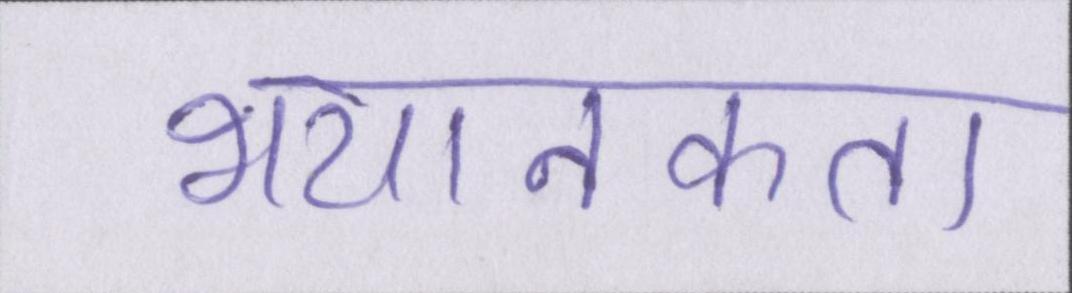
भयानकता